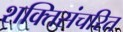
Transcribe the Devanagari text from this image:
शक्तिसंचरित